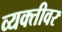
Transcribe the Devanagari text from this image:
व्‍यक्‍तीवर